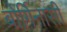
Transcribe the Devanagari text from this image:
बोर्गिनासी